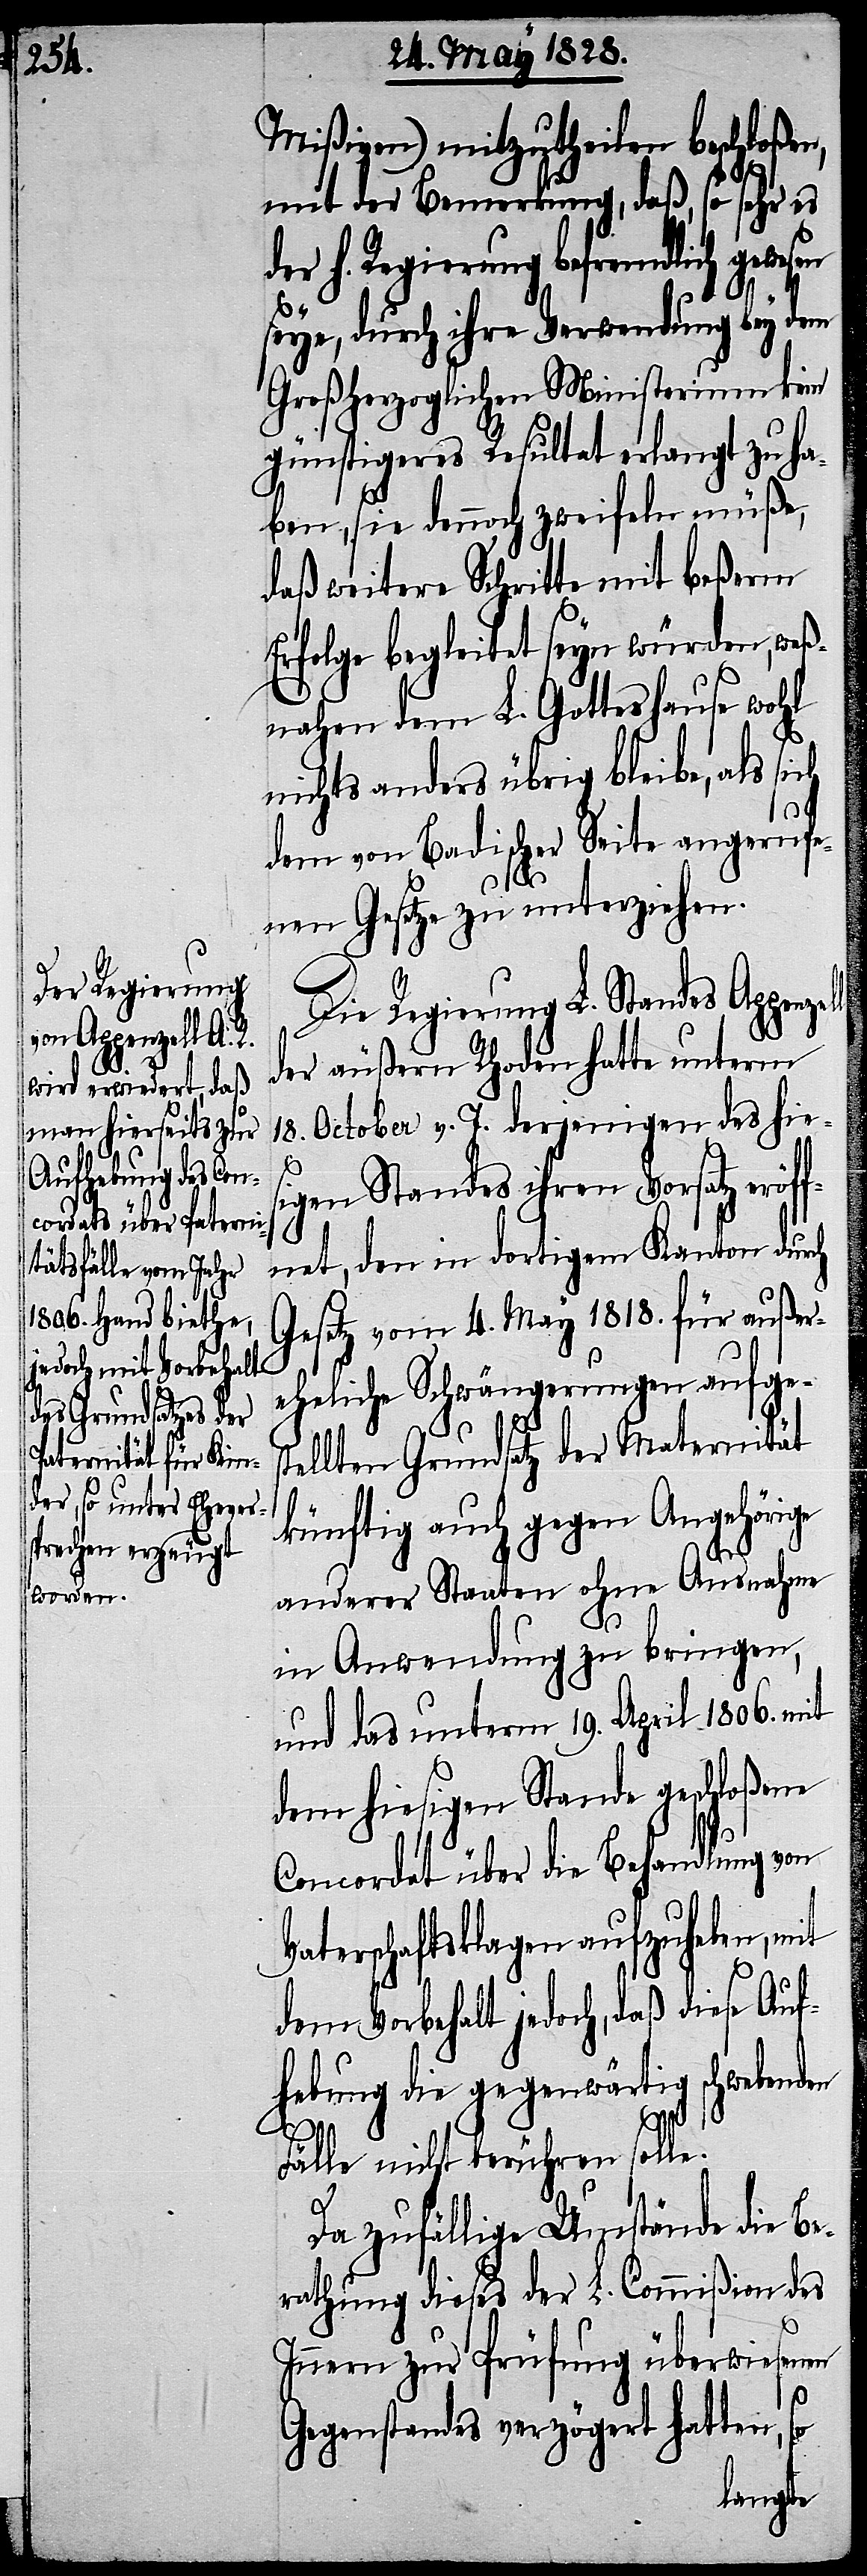
Mißiven) mitzutheilen beschloßen,
mit der Bemerkung, daß, so sehr es
der h. Regierung befremdlich gewe¬
seye, durch ihre Verwendung bey dem
Großherzoglichen Ministerium kein
günstigeres Resultat erlangt zu ha¬
ben, sie dennoch zweifeln müße,
daß weitere Schritte mit beßerm
Erfolge begleitet seyn würden, weß¬
nahen dem L. Gotteshause wohl
nichts anders übrig bleibe, als sich
dem von Badischer Seite angerufe¬
nen Gesetze zu unterziehen.
Die Regierung L. Standes Appenze¬
der äußern Rhoden hatte unterm
18. October v. J. derjenigen des hies¬
igen Standes ihren Vorsatz eröf¬
fnet, den in dortigem Kanton durch
Gesetz vom 4. May 1818. für außer¬
eheliche Schwängerungen aufges¬
tellten Grundsatz der Maternität
künftig auch gegen Angehörige
ll
anderer Staaten ohne Ausnahme
in Anwendung zu bringen,
und das unterm 19. April 1806. mit
dem hiesigen Stande geschloßene
Concordat über die Behandlung von
Vaterschaftsklagen aufzuheben, mit
dem Vorbehalt jedoch, daß diese Auf¬
hebung die gegenwärtig schwebenden
Fälle nicht berühren solle.
Da zufällige Umstände die Be¬
rathung dieses der L. Commißion des
Innern zur Prüfung überwiesenen
Gegenstandes verzögert hatten, so